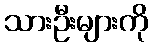
သားဦးများကို